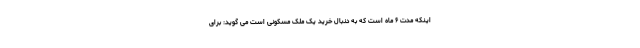
اینکه مدت ۶ ماه است که به دنبال خرید یک ملک مسکونی است می گوید: برای